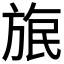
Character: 𣃹